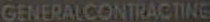
GENERALCONTRACTING